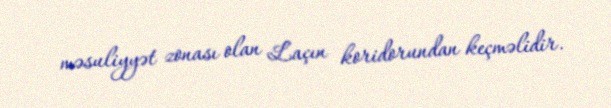
məsuliyyət zonası olan Laçın koridorundan keçməlidir.